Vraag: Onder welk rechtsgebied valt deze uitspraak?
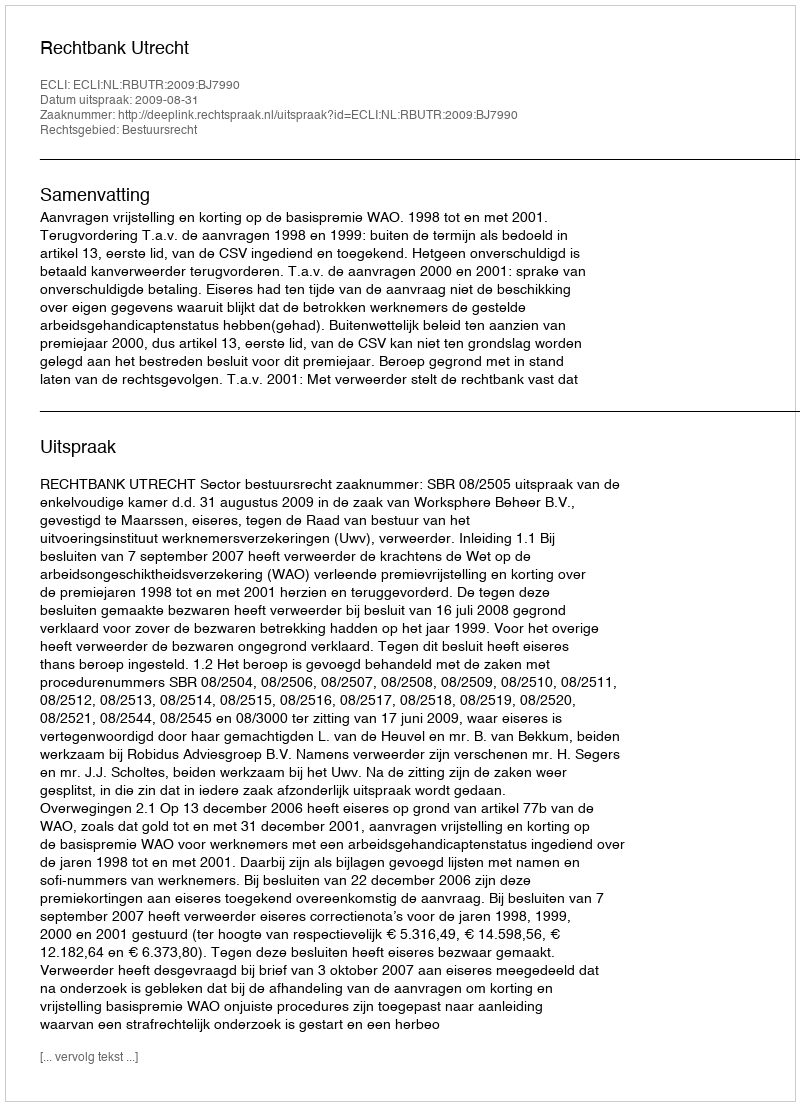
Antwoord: Bestuursrecht